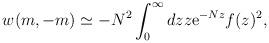
LaTeX: \begin{align*}w(m,-m)\simeq -N^2 \int_{0}^{\infty} dz z {\rm e}^{-Nz} f(z)^2 ,\end{align*}